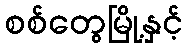
စစ်တွေမြို့နှင့်